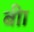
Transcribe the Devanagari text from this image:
बीा